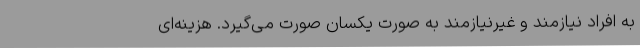
به افراد نیازمند و غیرنیازمند به صورت یکسان صورت می‌گیرد. هزینه‌ای